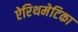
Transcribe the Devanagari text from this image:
ऐरिथमेटिका